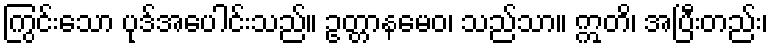
ကြွင်းသော ပုဒ်အပေါင်းသည်။ ဥတ္တာနမေဝ၊ သည်သာ။ ဣတိ၊ အပြီးတည်း၊